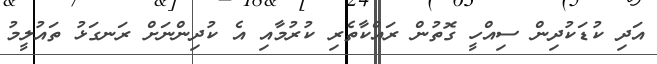
އަދި ކުޑަކުދިން ސިއްހީ ގޮތުން ރައްކާތެރި ކުރުމާއި އެ ކުދިންނަށް ރަނގަޅު ތައުލީމު